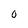
Character: 0